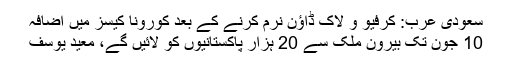
سعودی عرب: کرفیو و لاک ڈاؤن نرم کرنے کے بعد کورونا کیسز میں اضافہ
10 جون تک بیرون ملک سے 20 ہزار پاکستانیوں کو لائیں گے، معید یوسف